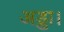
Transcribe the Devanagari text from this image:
अड्डा।